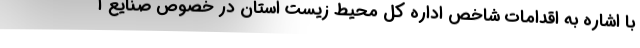
با اشاره به اقدامات شاخص اداره کل محیط زیست استان در خصوص صنایع آ